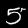
Label: 5